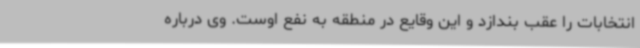
انتخابات را عقب بندازد و این وقایع در منطقه به نفع اوست. وی درباره